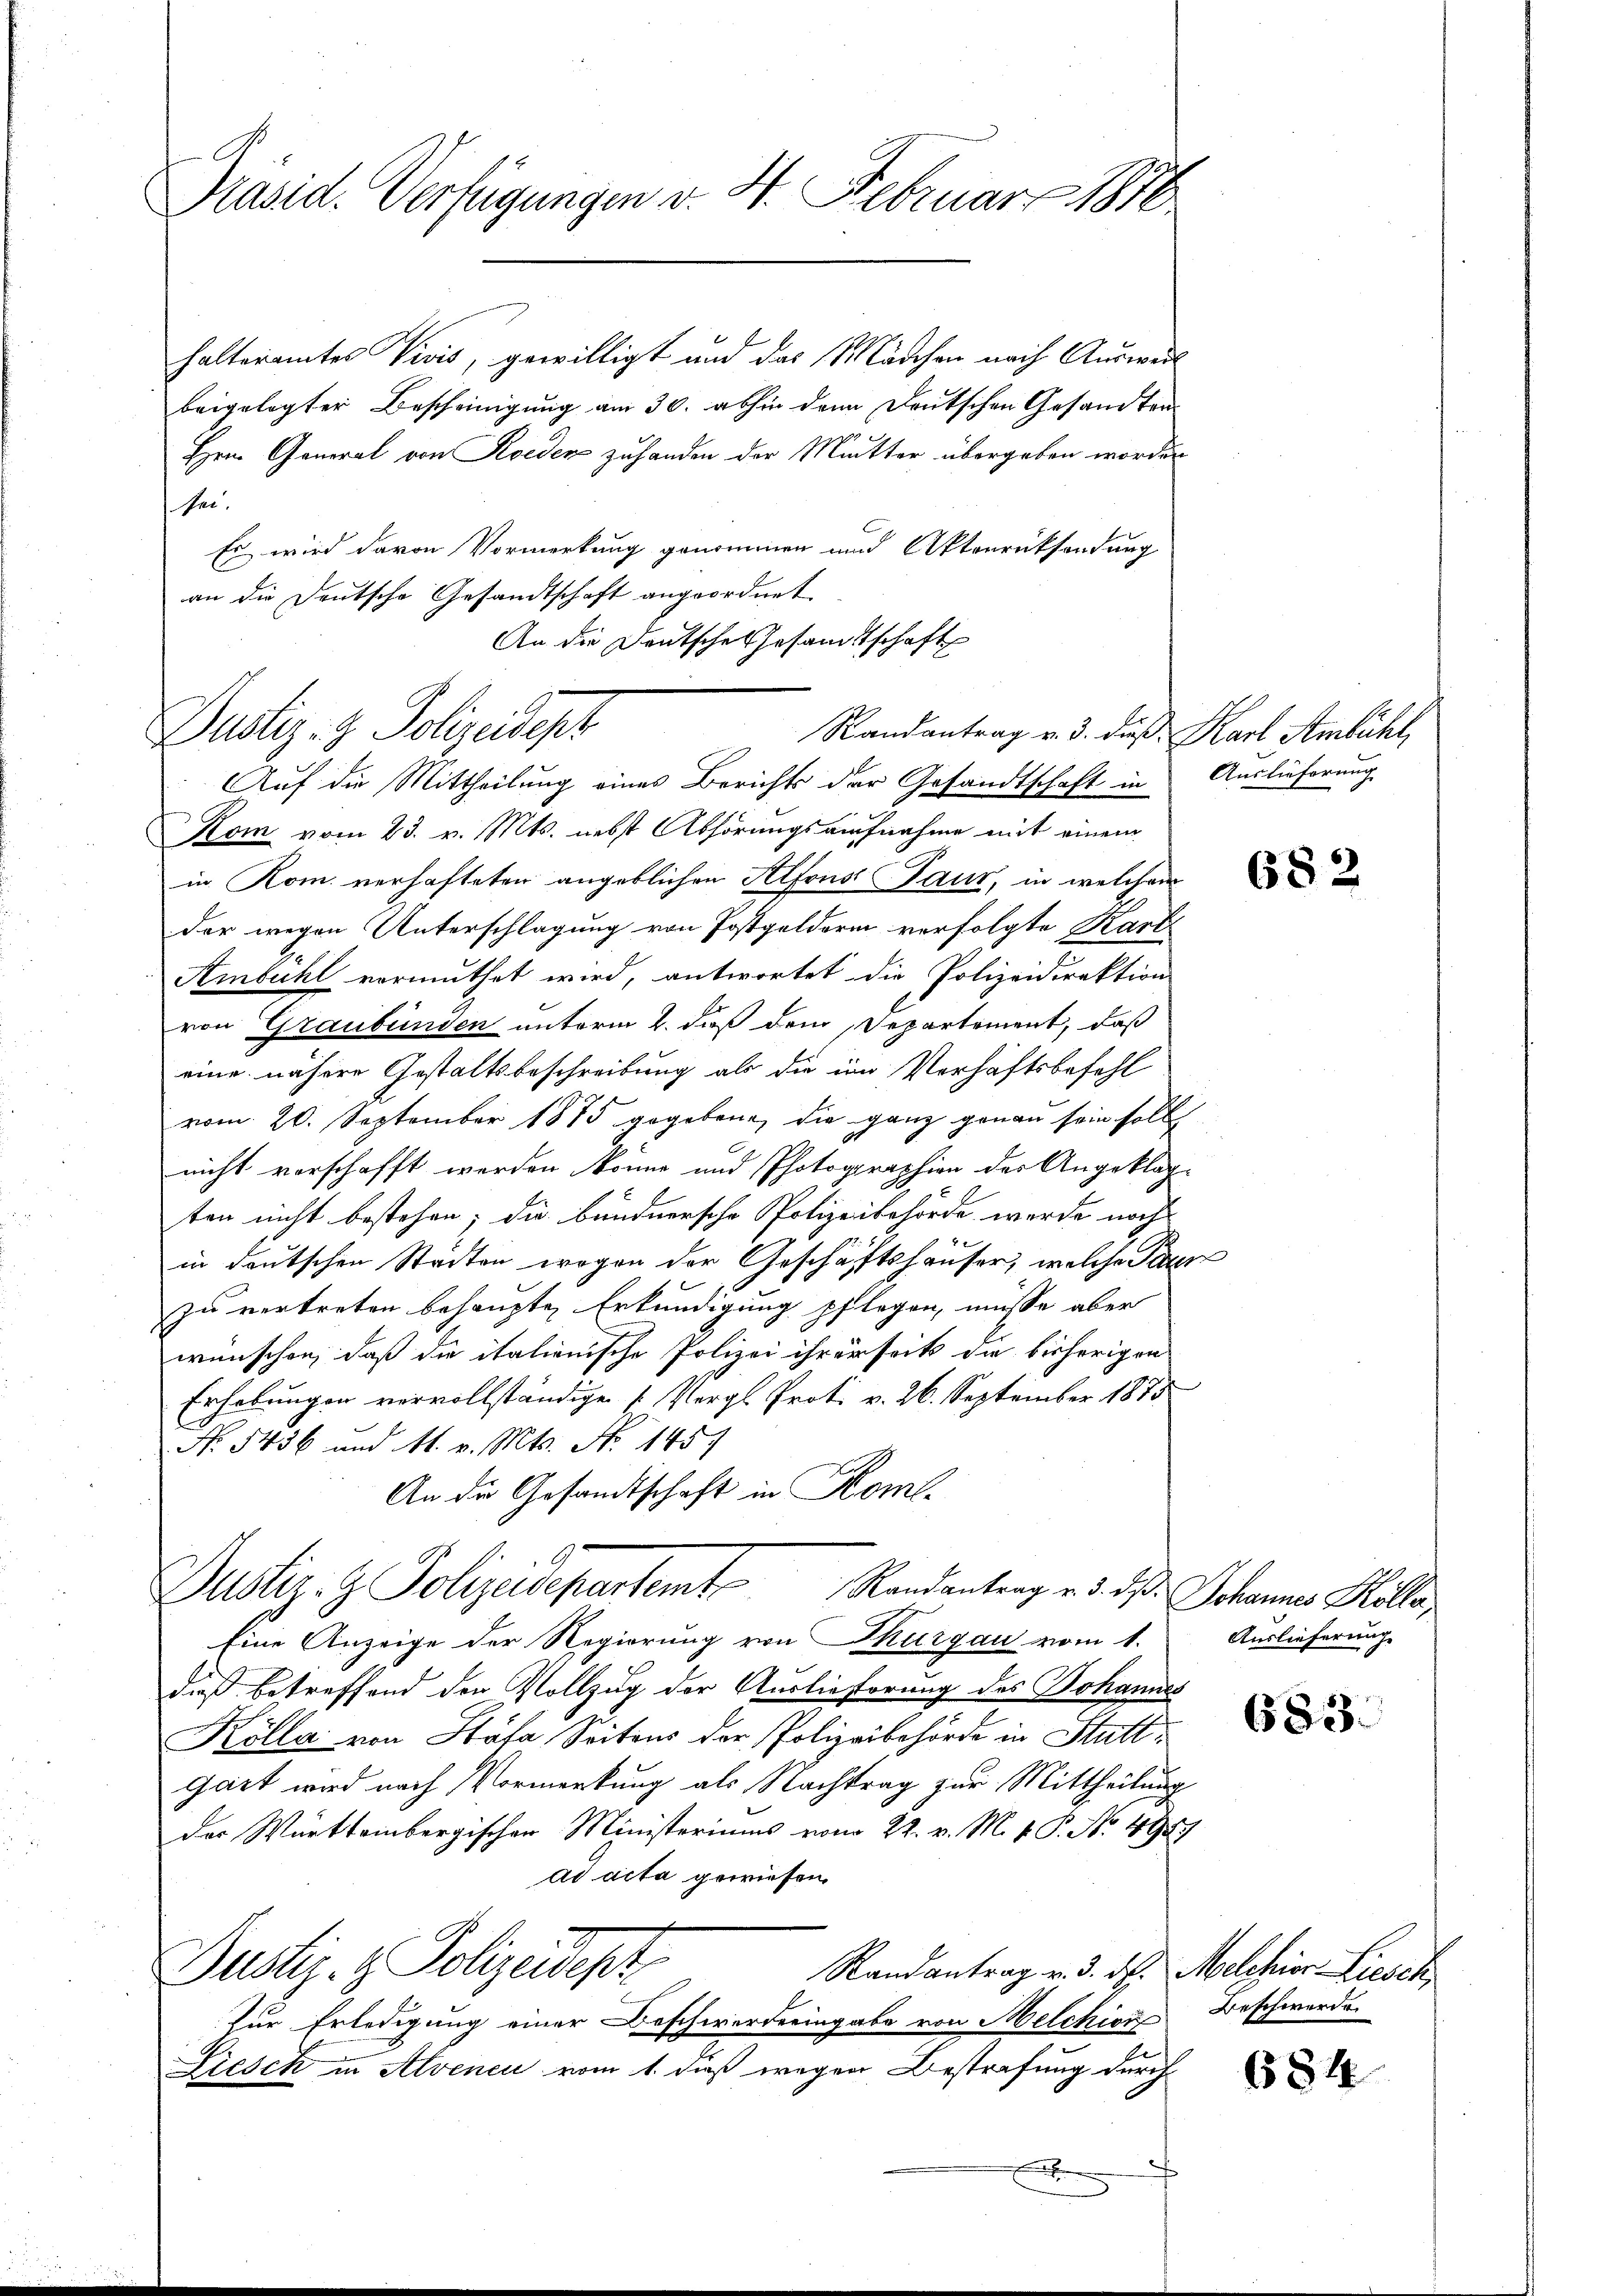
Präsid. Verfügungen v. H. Februar 1878

halteramtes Divis, gewilligt und das Mädchen nach Ausweil
beigelegter Bescheinigung am 30. abhin denn Deutschen Gesandten¬
Hrn. General von Roedens zuhanden der Mutter übergeben worden
sei.
Es wird davon Vormerkung genommen und Aktenrücksendung
an die Deutsche Gesandtschaft angeordnet.
An die Deutsche Gesandtschaft

Justiz- & Polizeidept
Randantrag v. 3. dieß Karl Ambühl,

Auf die Mittheilung eines Berichts der Gesandtschaft in Auslieferung
Kom vom 23. v. Mts. nebst Abhörungsaufnahme mit einem
in Rom. verhafteten angeblichen Alfons Paur, in welchem
der wegen Unterschlagung von Postgeldern verfolgte Karte
Ambühl vermuthet wird, antwortet die Polizeidirektion
von Graubünden unterm 2. daß dem Departement, daß
eine nähere Gestaltsbeschreibung als die im Verhäftsbefehl
vom 20. September 1875 gegebene, die ganz genau sein sollt
nicht verschafft werden könne und Photographien der Angeklag-
ten nicht bestehen; die bundnersche Polizeibehörde werde noch
in deutschen Stadten wegen der Geschäftshäuser, welche Par
zu vertreten behaupte Erkundigung pflegen, müsse aber
wünschen, daß die italienische Polizei ihrerseits die bisherigen
Erhebungen vervollständige Vergl. Prot. v. 26. September 1875
No. 5436 und M. v. Mts. No 1457
An die Gesandtschaft in Kom-
Justiz- & Polizeidepartemt. Randantrag v. d. d. Johannes Miller
Eine Anzeige der Regierung von Thurgau vom 1. Auslieferung
dieß betreffend den Vollzug der Auslieferung des Johannes
Kölla von Stäfa Seitens der Polizeibehörde in Stutt¬
Gärt wird nach Vormerkung als Nachtrag zur Mittheilung
der Württembergischen Ministeriums vom 22. v. M. v. P. No. 4947
ad acta gewiesen.
Justiz- & Polizeidept
Randantrag v. 3. ds. Melchior Liesch
Zur Erledigung einer Beschwerdeeingabe von Melchior
Licsck in Alvenen vom 1. daß wegen Bestrafung durch
.

682

683.

Beschwerde.

684